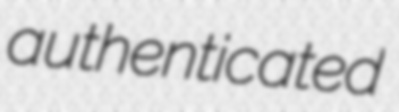
authenticated